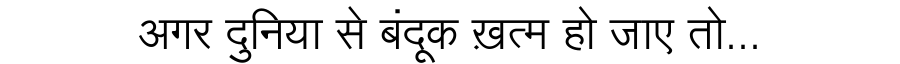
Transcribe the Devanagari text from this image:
अगर दुनिया से बंदूक ख़त्म हो जाए तो...